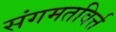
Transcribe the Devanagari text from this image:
संगमतविर्त्त